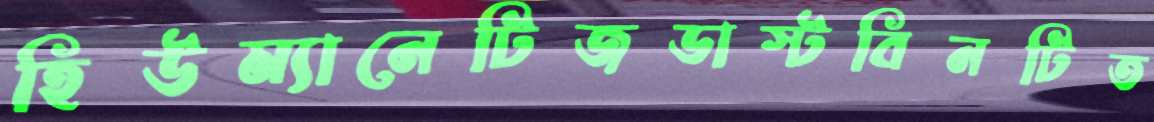
হিউম্যানেটিজডাস্টবিনটিত